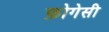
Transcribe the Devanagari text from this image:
फ़ोगेसी